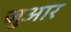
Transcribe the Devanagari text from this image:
जुआर